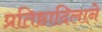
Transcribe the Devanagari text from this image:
प्रतिष्ठादिलाने